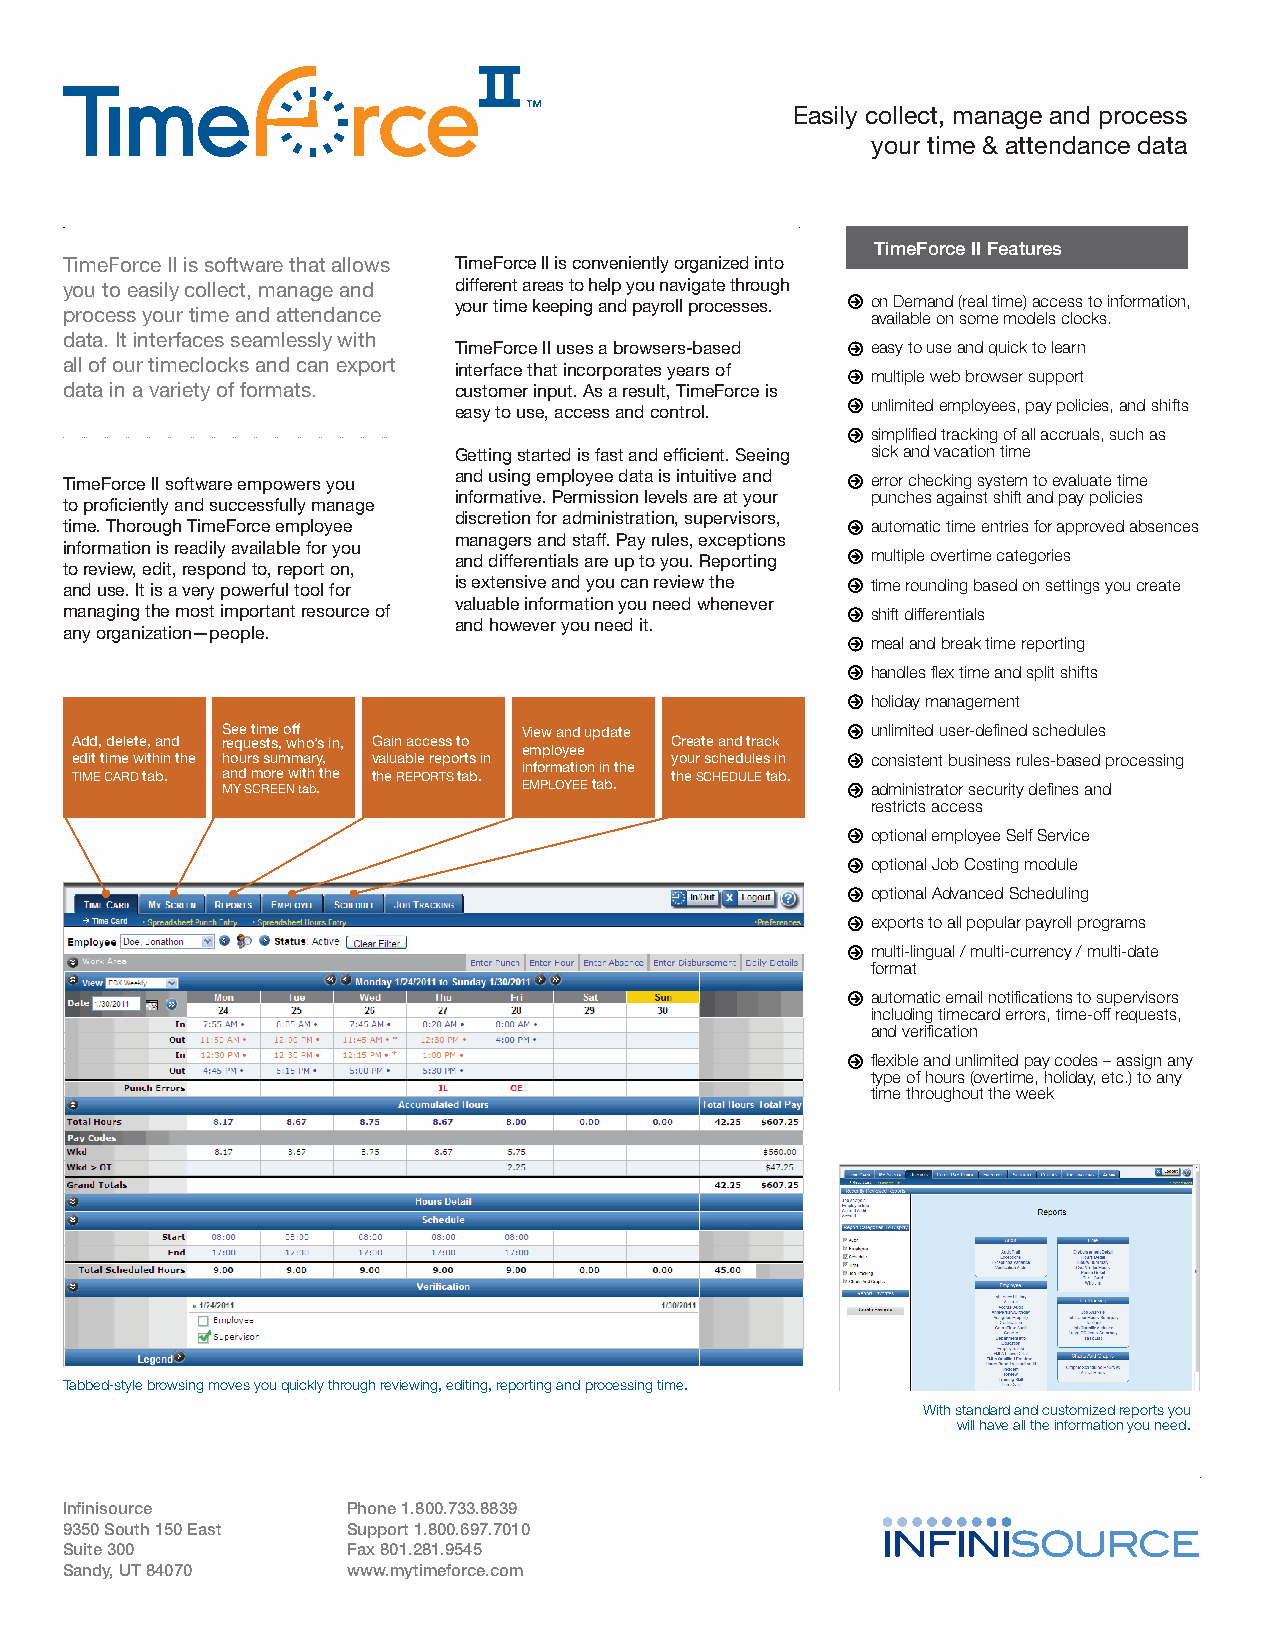
Easily collect, manage and process
 your time & attendance data
 TimeForce II Features
 TimeForce II is software that allows TimeForce II is conveniently organized into
 you to easily collect, manage and different areas to help you navigate through
 your time keeping and payroll processes. on Demand (real time) access to information,
 process your time and attendance                      available on some models clocks.
 data. It interfaces seamlessly with
 TimeForce II uses a browsers-based easy to use and quick to learn
 all of our timeclocks and can export
 interface that incorporates years of
 multiple web browser support
 data in a variety of formats. customer input. As a result, TimeForce is
 easy to use, access and control. unlimited employees, pay policies, and shifts
 simplified tracking of all accruals, such as
 Getting started is fast and efficient. Seeing sick and vacation time
 TimeForce II software empowers you and using employee data is intuitive and error checking system to evaluate time
 informative. Permission levels are at your punches against shift and pay policies
 to proficiently and successfully manage
 discretion for administration, supervisors,
 time. Thorough TimeForce employee                     automatic time entries for approved absences
 managers and staff. Pay rules, exceptions
 information is readily available for you
 and differentials are up to you. Reporting multiple overtime categories
 to review, edit, respond to, report on,
 and use. It is a very powerful tool for is extensive and you can review the time rounding based on settings you create
 valuable information you need whenever
 managing the most important resource of               shift differentials
 and however you need it.
 any organization—people.
 meal and break time reporting
 handles flex time and split shifts
 holiday management
 See time off        View and update        unlimited user-defined schedules
 Add, delete, and requests, who’s in, Gain access to Create and track
 employee
 edit time within the hours summary, valuable reports in your schedules in consistent business rules-based processing
 TIME CARD tab. and more with the the REPORTS tab. information in the the SCHEDULE tab.
 MY SCREEN tab.      EMPLOYEE tab.          administrator security defines and
 restricts access
 optional employee Self Service
 optional Job Costing module
 optional Advanced Scheduling
 exports to all popular payroll programs
 multi-lingual / multi-currency / multi-date
 format
 automatic email notifications to supervisors
 including timecard errors, time-off requests,
 and verification
 flexible and unlimited pay codes – assign any
 type of hours (overtime, holiday, etc.) to any
 time throughout the week
 Tabbed-style browsing moves you quickly through reviewing, editing, reporting and processing time.
 With standard and customized reports you
 will have all the information you need.
 Infinisource       Phone 1.800.733.8839
 9350 South 150 East Support 1.800.697.7010
 Suite 300          Fax 801.281.9545
 Sandy, UT 84070    www.mytimeforce.com